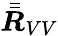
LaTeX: \bar{\bar{\boldsymbol{R}}}_{VV}